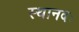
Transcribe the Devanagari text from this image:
स्थानदः